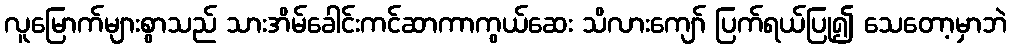
လူမြောက်များစွာသည် သားအိမ်ခေါင်းကင်ဆာကာကွယ်ဆေး သိလားကျော် ပြက်ရယ်ပြု၍ သေတော့မှာဘဲ